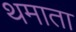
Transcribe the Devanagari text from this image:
थमाता